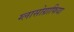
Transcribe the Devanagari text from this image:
ग्लासोग्राफिया